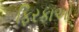
ફિરકાઓ